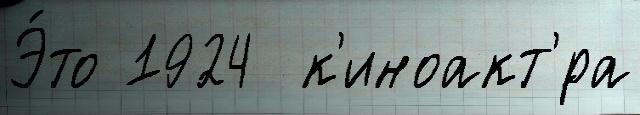
Э́то 1924  к'иноакт'́ра